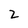
Character: 2